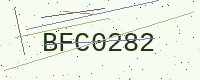
Text: BFC0282